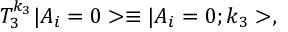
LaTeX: T _ { 3 } ^ { k _ { 3 } } | A _ { i } = 0 > \equiv | A _ { i } = 0 ; k _ { 3 } > ,